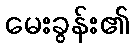
မေးခွန်း၏